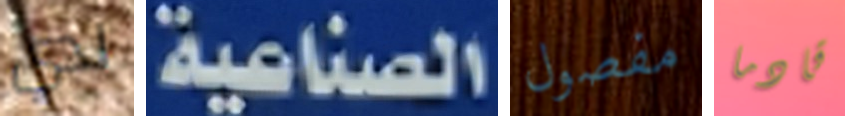
لدي الصناعية مفصول قادما